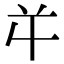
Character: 𭁄